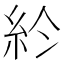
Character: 𥾪